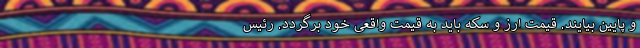
و پایین بیایند. قیمت ارز و سکه باید به قیمت واقعی خود برگردد. رئیس